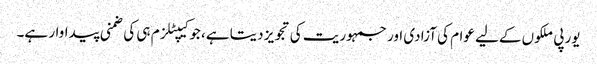
یورپی ملکوں کےلیے عوام کی آزادی اور جمہوریت کی تجویز دیتا ہے، جو کیپٹلزم ہی کی ضمنی پیداوار ہے۔